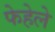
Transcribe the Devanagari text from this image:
फेहेले